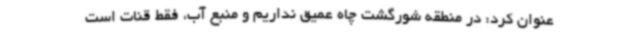
عنوان کرد: در منطقه شورگشت چاه عمیق نداریم و منبع آب، فقط قنات است